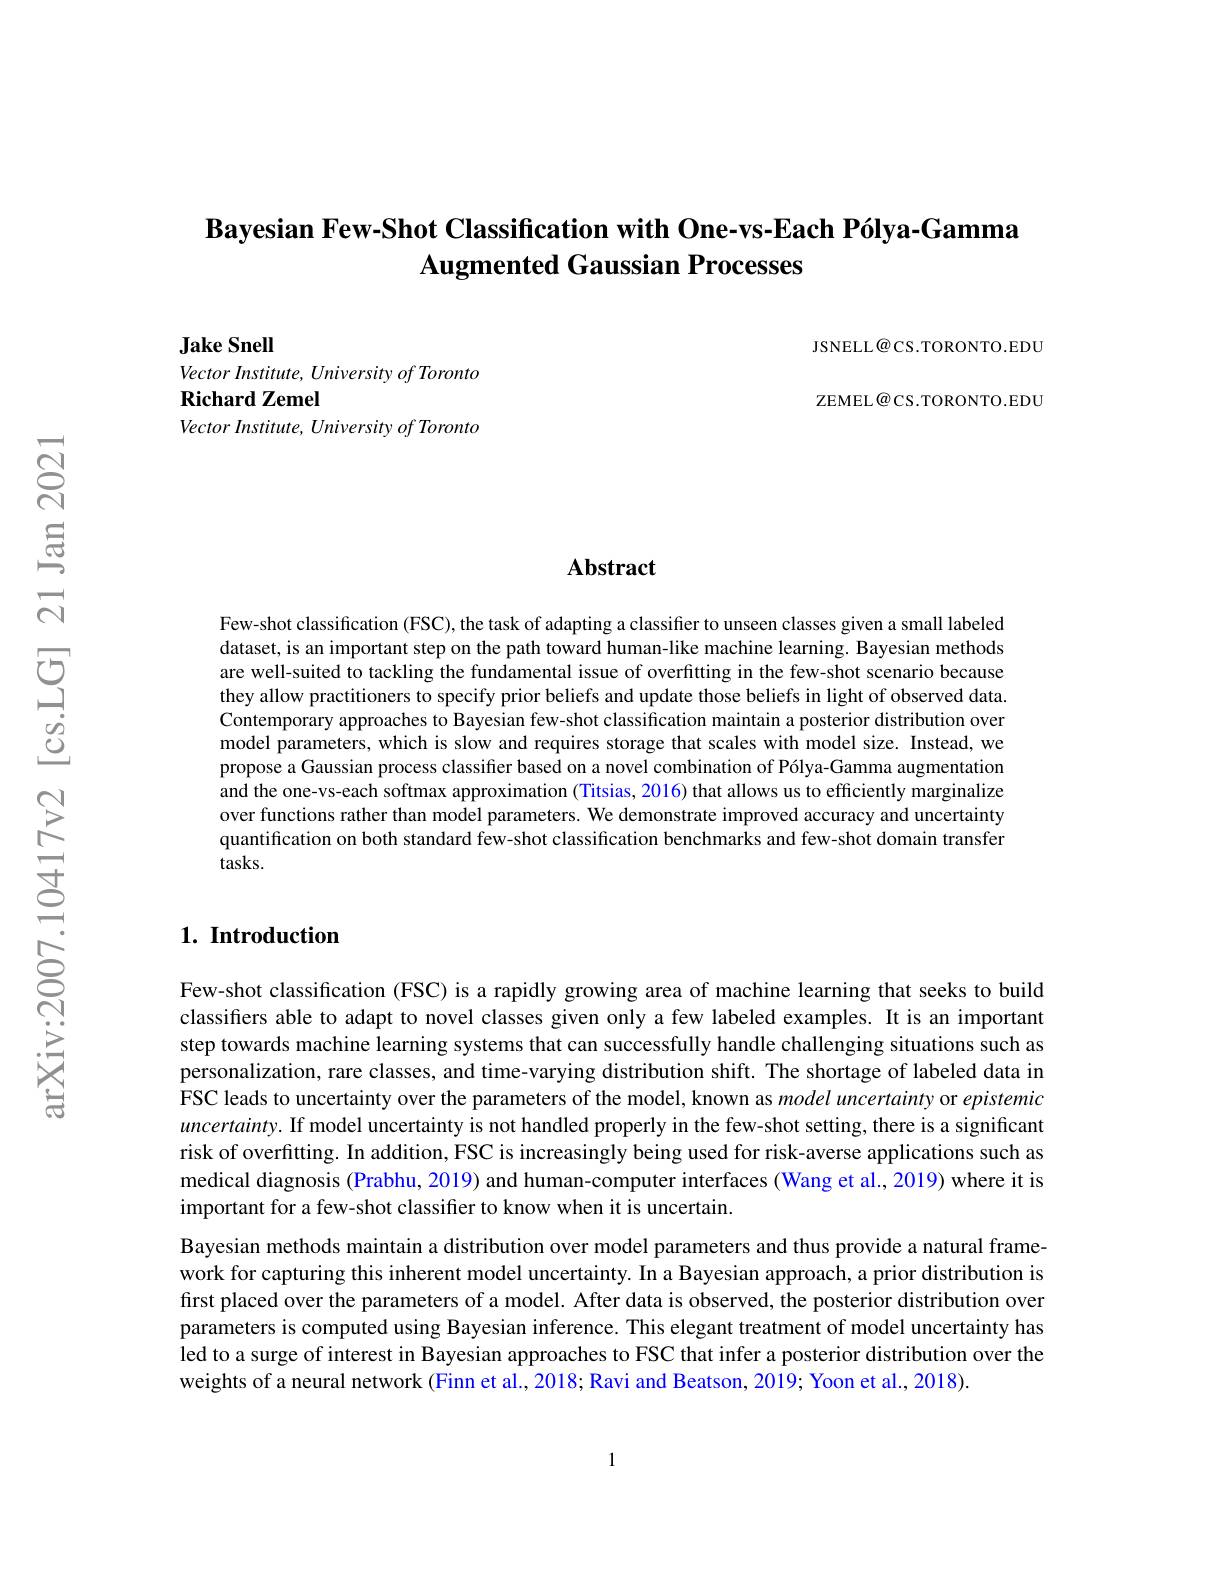
## $\textbf{Bayesian Few- Shot Classification with One- vs- Each P\' {o}lya- Gamma}$ Augmented Gaussian Processes

JSNELL@CS.TORONTO.EDU

ZEMEL@CS.TORONTO.EDU

Jake Snell

Vector Institute, University of Toronto
Richard Zemel
Vector Institute, University of Toronto

### Abstract

Few-shot classification (FSC), the task of adapting a classifier to unseen classes given a small labeled dataset, is an important step on the path toward human-like machine learning. Bayesian methods are well-suited to tackling the fundamental issue of overfitting in the few-shot scenario because they allow practitioners to specify prior beliefs and update those beliefs in light of observed data Contemporary approaches to Bayesian few-shot classification maintain a posterior distribution over model parameters, which is slow and requires storage that scales with model size. Instead, we propose a Gaussian process classifier based on a novel combination of Pólya-Gamma augmentation and the one-vs-each softmax approximation (Titsias, 2016) that allows us to efficiently marginalize over functions rather than model parameters. We demonstrate improved accuracy and uncertainty quantification on both standard few-shot classification benchmarks and few-shot domain transfer $tasks.$

## $1. \textbf{ Introduction}$

Few-shot classification (FSC) is a rapidly growing area of machine learning that seeks to build classifiers able to adapt to novel classes given only a few labeled examples. It is an important step towards machine learning systems that can successfully handle challenging situations such as personalization, rare classes, and time-varying distribution shift. The shortage of labeled data in FSC leads to uncertainty over the parameters of the model, known as model uncertainty or epistemic $uncertainty.$ If model uncertainty is not handled properly in the few-shot setting, there is a significant risk of overfitting. In addition, FSC is increasingly being used for risk-averse applications such as medical diagnosis (Prabhu, 2019) and human-computer interfaces (Wang et al., 2019) where it is important for a few-shot classifier to know when it is uncertain.
Bayesian methods maintain a distribution over model parameters and thus provide a natural framework for capturing this inherent model uncertainty. In a Bayesian approach, a prior distribution is first placed over the parameters of a model. After data is observed, the posterior distribution over parameters is computed using Bayesian inference. This elegant treatment of model uncertainty has led to a surge of interest in Bayesian approaches to FSC that infer a posterior distribution over the weights of a neural network (Finn et al., 2018; Ravi and Beatson, 2019; Yoon et al., 2018).

1